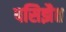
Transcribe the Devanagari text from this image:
पसिझैत